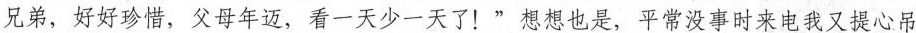
兄弟，好好珍惜，父母年迈，看一天少一天了！”想想也是，平常没事时来电我又提心吊